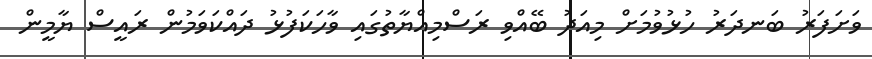
ވަށަފަރު ބަނދަރު ހުޅުވުމަށް މިއަދު ބޭއްވި ރަސްމިއްޔާތުގައި ވާހަކަފުޅު ދައްކަވަމުން ރައީސް ޔާމީން